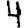
Digit: 4